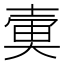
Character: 𡔱